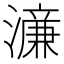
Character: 濓